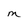
Character: M